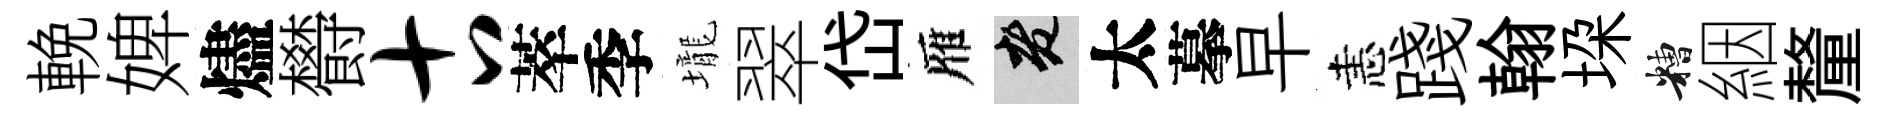
輓婢燼欎古萃季壠翠岱雁老太摹早恚踐翰垜糟絪釐